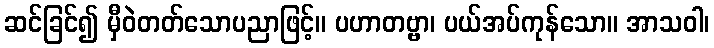
ဆင်ခြင်၍ မှီဝဲတတ်သောပညာဖြင့်။ ပဟာတဗ္ဗာ၊ ပယ်အပ်ကုန်သော။ အာသဝါ၊